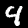
Digit: 4